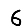
Digit: 6